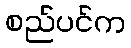
စည်ပင်က